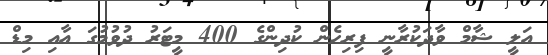
އަލީ ޝާމް ވާދަކުރާނީ ފިރިހެން ކުދިންގެ 400 މީޓަރު ދުވުމުގަ އާއި މިޑް